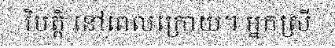
វិបត្តិ នៅពេលក្រោយ។ អ្នកស្រី